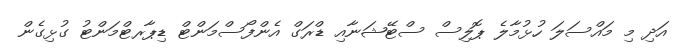
އަދި މި މައްސަލަ ހުޅުމާލެ ޕޮލިސް ސްޓޭޝަނާއި ޑްރަގް އެންފޯސްމަންޓް ޑިޕާރޓްމަންޓު ގުޅިގެން